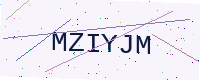
Text: MZIYJM